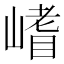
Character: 𭗈